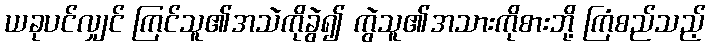
ယခုပင်လျှင် ကြင်သူ၏အသဲကိုခွဲ၍ ကွဲသူ၏အသားကိုစားဘို့ ကြံစည်သည့်